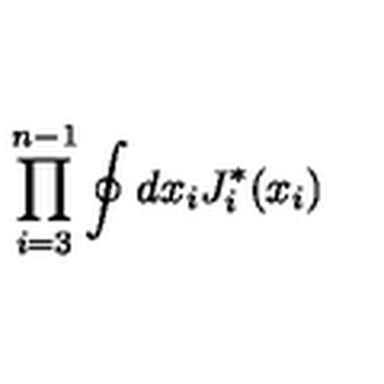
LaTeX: \prod _ { i = 3 } ^ { n - 1 } \oint d x _ { i } J _ { i } ^ { * } ( x _ { i } )